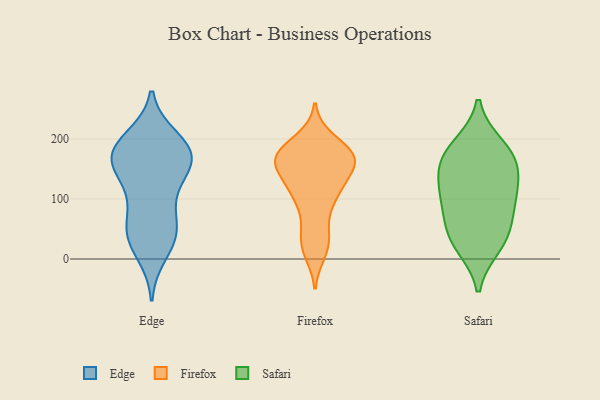
{"axis": {"x": "Headcount", "y": "Value"}, "legend": ["Edge", "Firefox", "Safari"], "data": [{"x": "", "y": 200, "type": "Edge"}, {"x": "", "y": 45, "type": "Edge"}, {"x": "", "y": 45, "type": "Edge"}, {"x": "", "y": 95, "type": "Edge"}, {"x": "", "y": 169, "type": "Edge"}, {"x": "", "y": 110, "type": "Edge"}, {"x": "", "y": 190, "type": "Edge"}, {"x": "", "y": 185, "type": "Edge"}, {"x": "", "y": 173, "type": "Edge"}, {"x": "", "y": 153, "type": "Edge"}, {"x": "", "y": 40, "type": "Edge"}, {"x": "", "y": 177, "type": "Edge"}, {"x": "", "y": 10, "type": "Edge"}, {"x": "", "y": 47, "type": "Edge"}, {"x": "", "y": 160, "type": "Edge"}, {"x": "", "y": 149, "type": "Edge"}, {"x": "", "y": 112, "type": "Firefox"}, {"x": "", "y": 155, "type": "Firefox"}, {"x": "", "y": 166, "type": "Firefox"}, {"x": "", "y": 166, "type": "Firefox"}, {"x": "", "y": 137, "type": "Firefox"}, {"x": "", "y": 200, "type": "Firefox"}, {"x": "", "y": 104, "type": "Firefox"}, {"x": "", "y": 24, "type": "Firefox"}, {"x": "", "y": 188, "type": "Firefox"}, {"x": "", "y": 170, "type": "Firefox"}, {"x": "", "y": 65, "type": "Firefox"}, {"x": "", "y": 103, "type": "Firefox"}, {"x": "", "y": 10, "type": "Firefox"}, {"x": "", "y": 172, "type": "Firefox"}, {"x": "", "y": 171, "type": "Firefox"}, {"x": "", "y": 129, "type": "Firefox"}, {"x": "", "y": 35, "type": "Firefox"}, {"x": "", "y": 166, "type": "Firefox"}, {"x": "", "y": 107, "type": "Safari"}, {"x": "", "y": 81, "type": "Safari"}, {"x": "", "y": 36, "type": "Safari"}, {"x": "", "y": 178, "type": "Safari"}, {"x": "", "y": 161, "type": "Safari"}, {"x": "", "y": 156, "type": "Safari"}, {"x": "", "y": 23, "type": "Safari"}, {"x": "", "y": 41, "type": "Safari"}, {"x": "", "y": 188, "type": "Safari"}, {"x": "", "y": 129, "type": "Safari"}, {"x": "", "y": 99, "type": "Safari"}]}